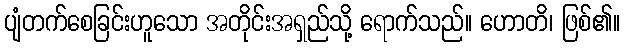
ပျံတက်စေခြင်းဟူသော အတိုင်းအရှည်သို့ ရောက်သည်။ ဟောတိ၊ ဖြစ်၏။